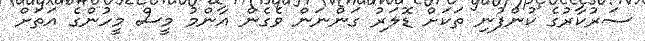
ސަރުކާރުގެ ކުންފުނި ތަކަށް ޑޮލަރު ގަންނަން ވެގެން އާންމު މީސް މީހުންގެ އަތަށް